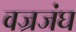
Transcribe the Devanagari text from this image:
वज्रजंघ